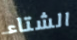
الشتاء